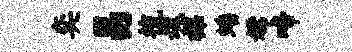
奕鬲梳魂裸蟠嫦啼